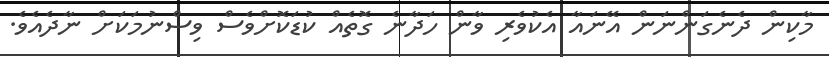
މާކިން ދެނެގަންނަން އޭނައާ އެކުވެރި ވާން ހަދާނެ ގޮތެއް ކުޑަކޮށްވެސް ވިސްނުމަކަށް ނާދެއެވެ.